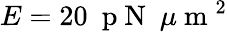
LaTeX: E=20~\mathrm{~p~N~}~\mu\mathrm{~m~}^{2}